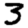
Digit: 3